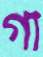
গা